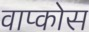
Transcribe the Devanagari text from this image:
वाप्कोस